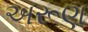
અરૂણ